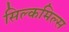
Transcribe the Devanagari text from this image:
सिल्कमिल्स